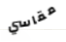
مقاسي